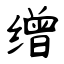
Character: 缯